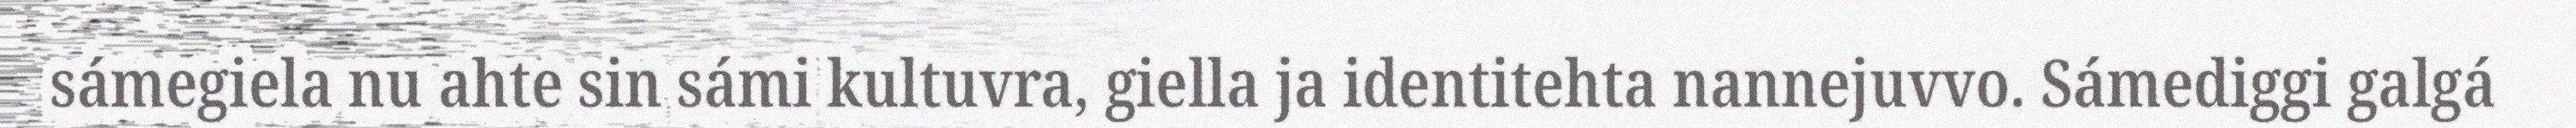
sámegiela nu ahte sin sámi kultuvra, giella ja identitehta nannejuvvo. Sámediggi galgá